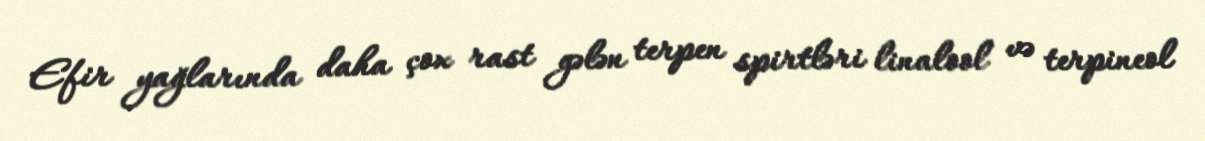
Efir yağlarında daha çox rast gələn terpen spirtləri linalool və terpineol